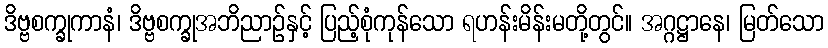
ဒိဗ္ဗစက္ခုကာနံ၊ ဒိဗ္ဗစက္ခုအဘိညာဉ်နှင့် ပြည့်စုံကုန်သော ရဟန်းမိန်းမတို့တွင်။ အဂ္ဂဋ္ဌာနေ၊ မြတ်သော